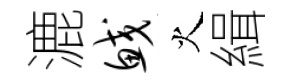
漉鲛火緝